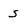
Character: s